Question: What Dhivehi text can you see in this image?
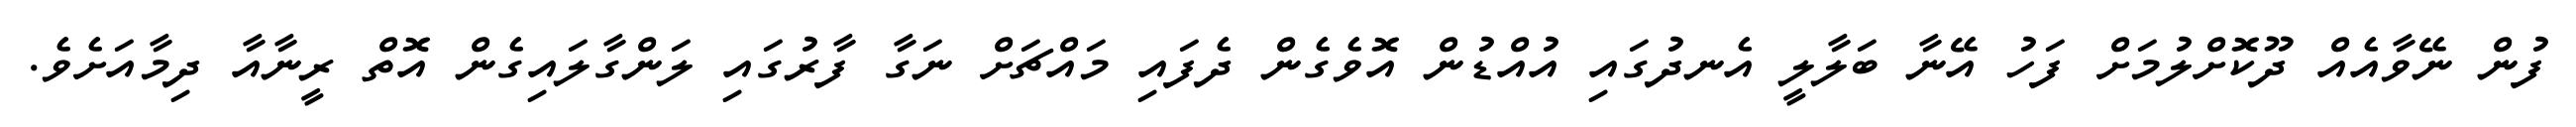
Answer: ފުން ނޭވާއެއް ދޫކޮށްލުމަށް ފަހު އޭނާ ބަލާލީ އެނދުގައި އުއްޑުން އޮވެގެން ދެފައި މައްޗަށް ނަގާ ފާރުގައި ލަންގާލައިގެން އޮތް ރީނާއާ ދިމާއަށެވެ.